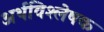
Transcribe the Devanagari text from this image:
अर्थविश्लेषक